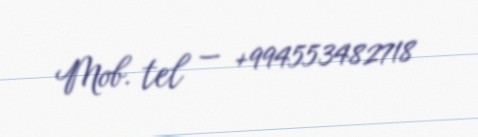
Mob. tel — +994553482718